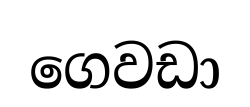
ගෙවඩා